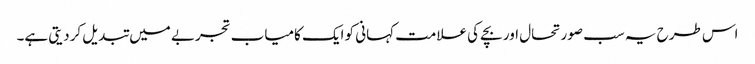
اس طرح یہ سب صورتحال اور بچے کی علامت کہانی کو ایک کامیاب تجربے میں تبدیل کردیتی ہے۔